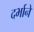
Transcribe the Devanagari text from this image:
दर्भाने